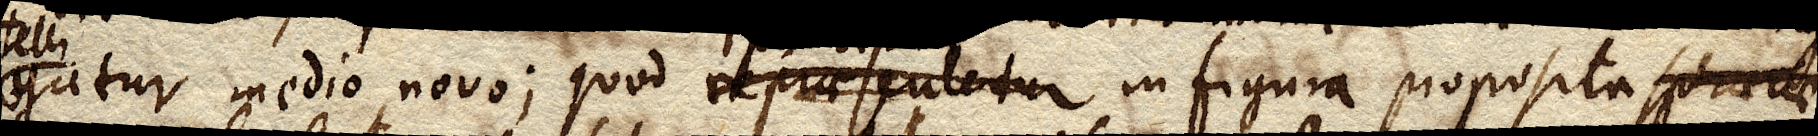
gatur medio novo; quod repraesentetur in figura proposita sphaerae